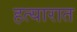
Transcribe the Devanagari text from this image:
हत्यारात